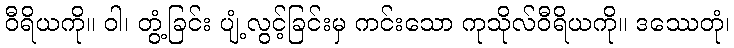
ဝီရိယကို။ ဝါ၊ တွံ့ခြင်း ပျံ့လွင့်ခြင်းမှ ကင်းသော ကုသိုလ်ဝီရိယကို။ ဒဿေတုံ၊